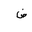
Letter: _dad